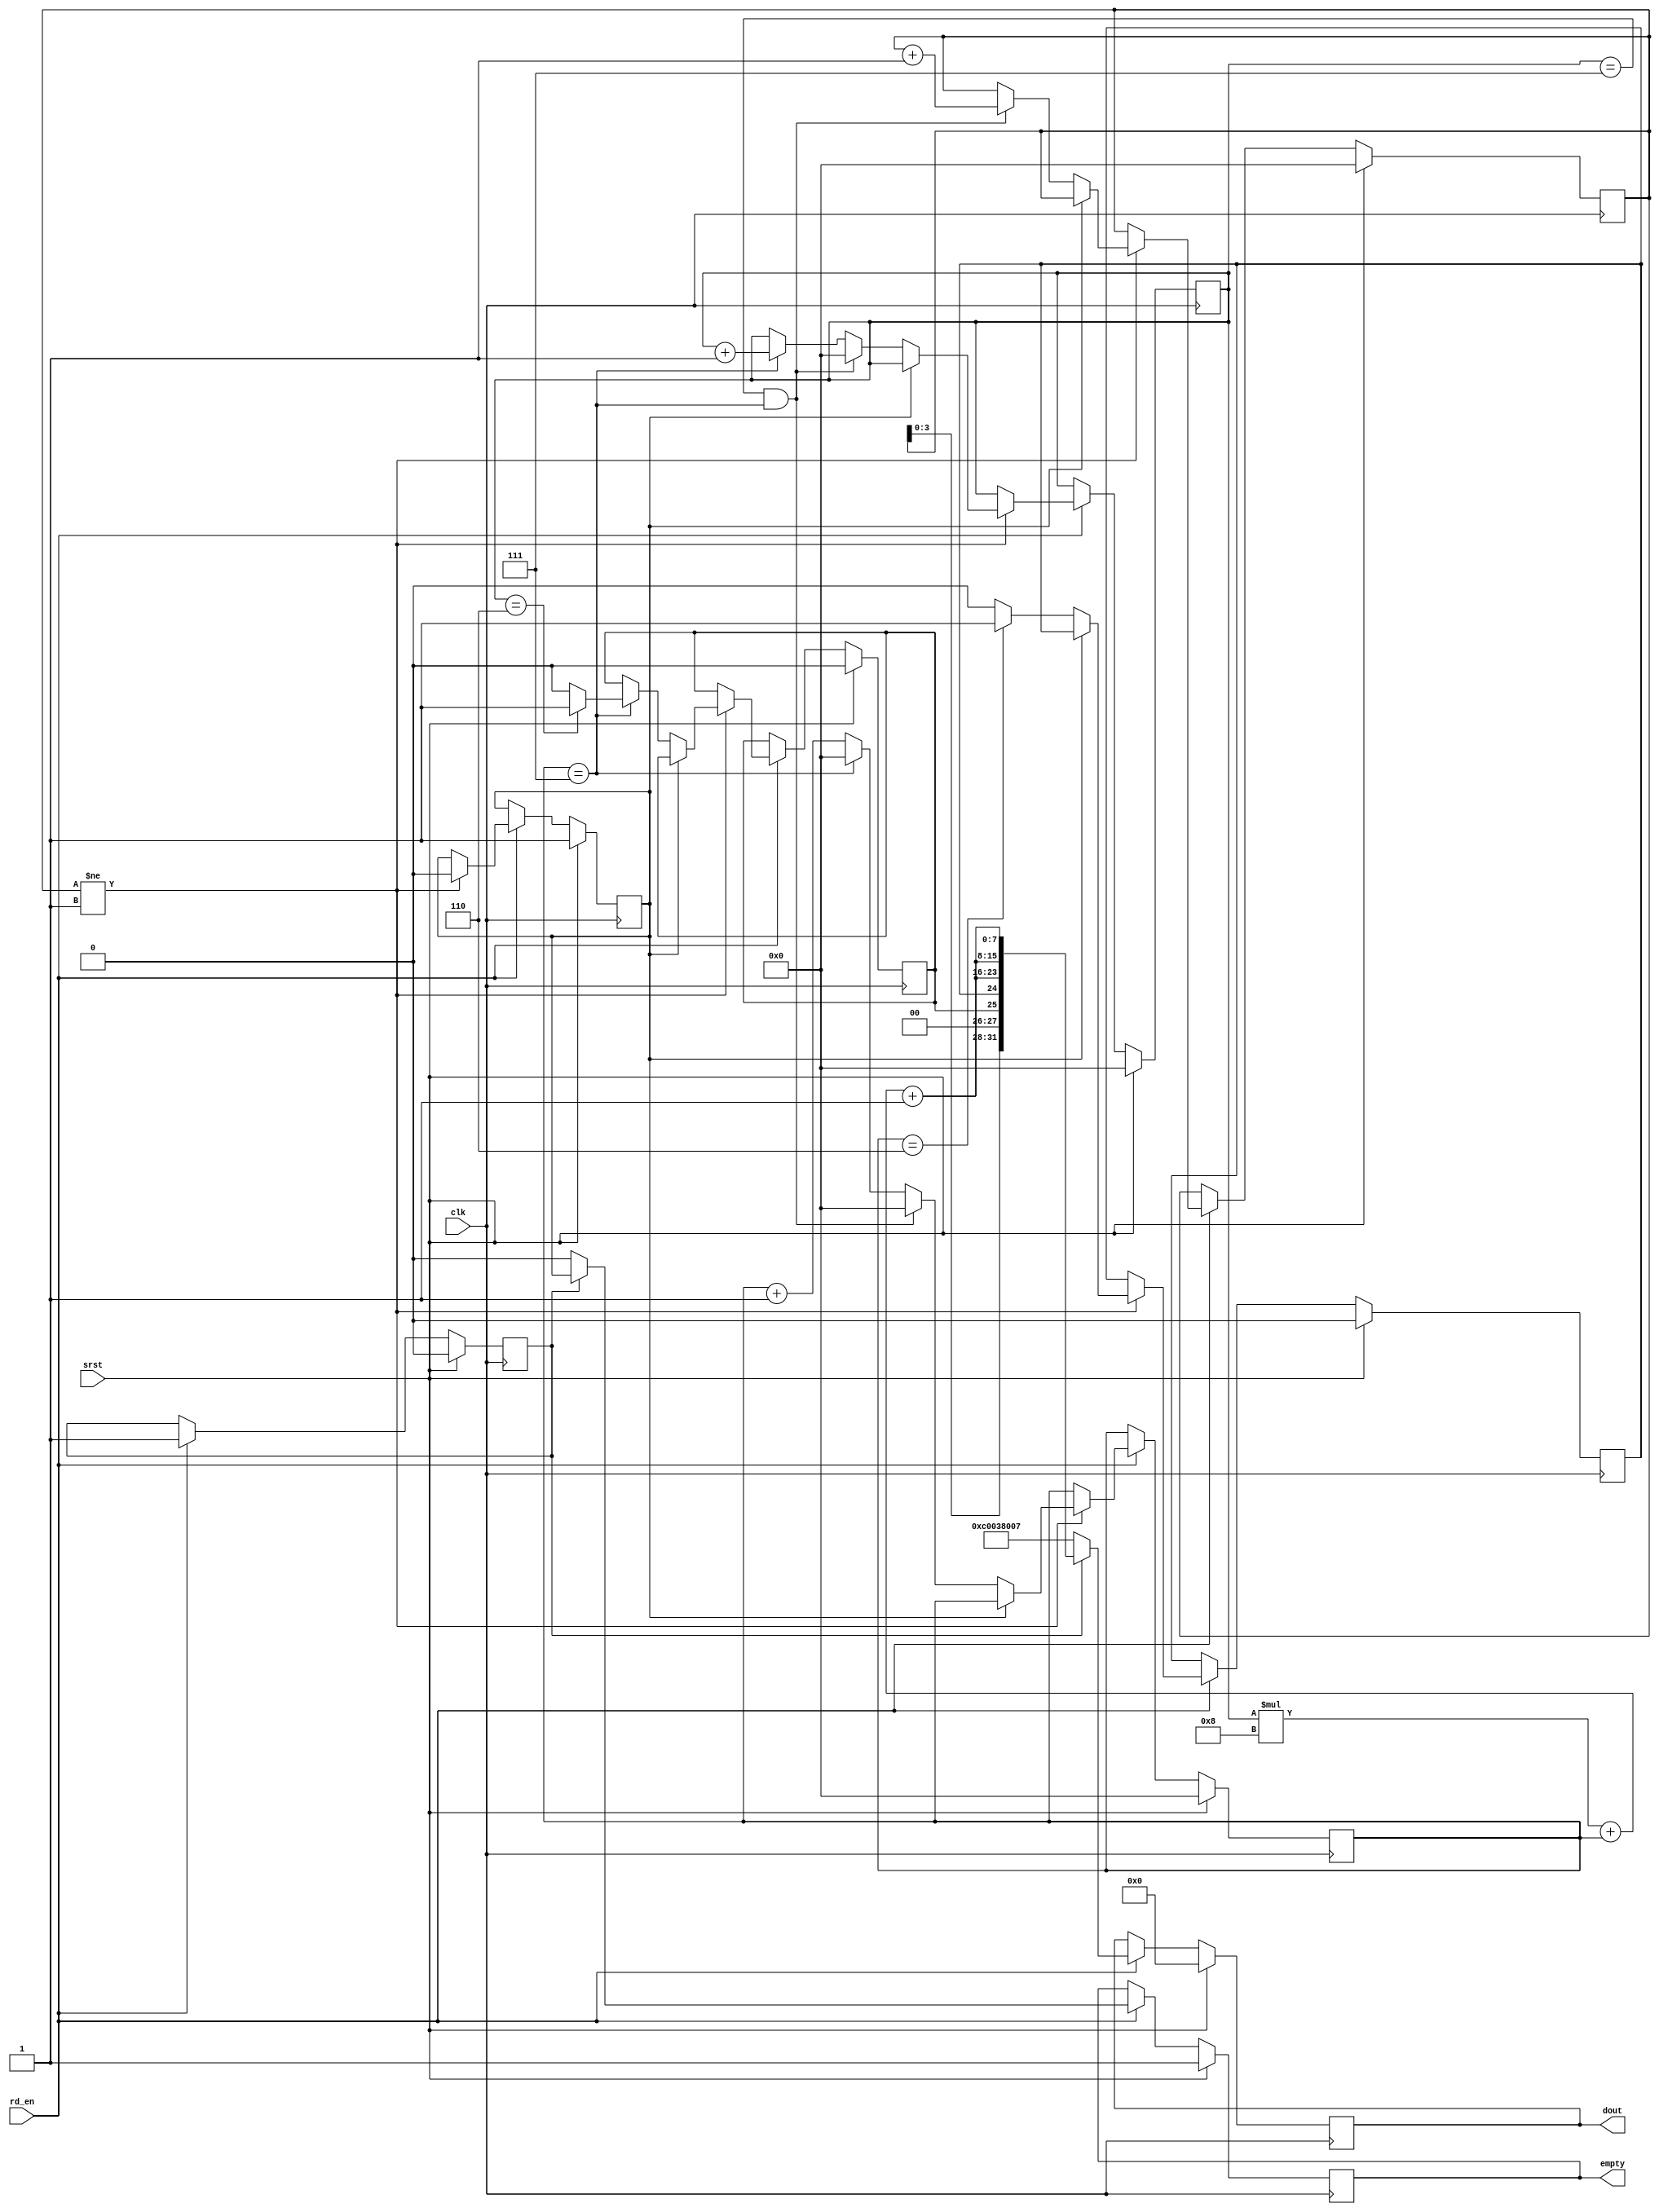
`timescale 1ns / 1ps
//////////////////////////////////////////////////////////////////////////////////
// Company: 
// Engineer: 
// 
// Design Name: 
// Module Name: signal_generator
// Project Name: 
// Target Devices: 
// Tool Versions: 
// Description: 
// 
// Dependencies: 
// 
// Revision:
// Revision 0.01 - File Created
// Additional Comments:
// 
//////////////////////////////////////////////////////////////////////////////////


module fixed_signal_generator
#(
   parameter depth = 3,    // Frame size : 2^depth x 2^depth
   parameter frame = 1,    // The number of the output frames
   parameter interval = 0  // Interval between frames
)(
   input clk,
   input srst,
   input rd_en,
   output [31:0] dout,
   output empty
);

// Params
localparam frameSize = {depth{1'b1}};
localparam counterSize = (depth <= 8) ? 8 : depth;
localparam [7:0] counterMax = (depth <= 8) ? {{8-depth{1'b0}}, {depth{1'b1}}} : 8'hff;
localparam size = {{15-depth{1'b0}}, frameSize};
localparam initValue = {2'b11, size, size};

// Wires
wire ce;

wire [31:0] pixels;

// Regs
reg [counterSize-1:0] counterH;  // Horizontal counter
reg [counterSize-1:0] counterV;  // Vertical counter
reg [7:0] counterF;              // Frame counter
reg [7:0] counterI;              // Interval counter
reg epl;                         // the End of the Pixel of the Frame
reg elf;                         // the End of the Line of the Frame
reg init;
reg [31:0] data;

reg emp;
reg sh_emp;

// Assignments
assign ce = rd_en;

assign dout = data;
assign empty = sh_emp;

assign pixels = counterV * {1'b1, {depth{1'b0}}} + counterH + 1;

// Behavior
always@(posedge clk)
begin
   if(srst)
   begin
      counterH <= 8'h00;
      counterV <= 8'h00;
      counterF <= 4'h0;
      counterI <= interval;
      epl <= 1'b0;
      elf <= 1'b0;
      emp <= 1'b1;
      sh_emp <= 1'b1;
      init <= 1'b0;
      data <= 0;
   end
   else if(ce)
   begin
      if(counterF != frame)
      begin
         if(!emp)
         begin
            if(counterH == frameSize)
            begin
               counterH <= 8'h00;
               counterV <= counterV + 1;

               if(counterV == frameSize-1)
               begin
                  elf <= 1'b1;
               end
               else
               begin
                  elf <= 1'b0;
               end
            end
            else
            begin
               counterH <= counterH + 1;
            end

            if(counterH == frameSize-1)
            begin
               epl <= 1'b1;
            end
            else
            begin
               epl <= 1'b0;
            end

            if(counterV == frameSize && counterH == frameSize)
            begin
               counterH <= 8'b00;
               counterV <= 8'b00;
               counterF <= counterF + 1;
               counterI <= 4'h0;

               if(interval > 0)
               begin
                  emp <= 1'b1;
               end
            end
         end
         else
         begin
            if(counterI >= interval - 1 || interval == 0)
            begin
               emp <= 1'b0;
            end
            else
            begin
               counterI <= counterI + 1;
            end 
         end
      end

      if(!init)
      begin
         data <= initValue;
         init <= 1'b1;
         sh_emp <= 1'b0;
      end
      else
      begin
         //data <= {counterF[3:0], 2'b00, elf, epl, 8'h00, counterV[7:0], counterMax - counterH[7:0]};
         data <= {counterF[3:0], 2'b00, elf, epl, pixels[7:0], pixels[7:0], pixels[7:0]};
         sh_emp <= emp;
      end
   end
end

endmodule